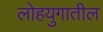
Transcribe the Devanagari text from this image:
लोहयुगातील